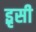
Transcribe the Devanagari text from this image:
इृसी